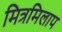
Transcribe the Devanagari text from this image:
मित्रमिलाप